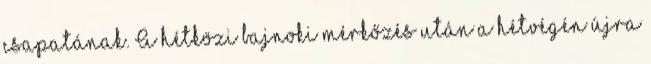
csapatának. A hétközi bajnoki mérkőzés után a hétvégén újra